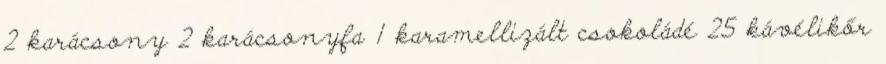
2 karácsony 2 karácsonyfa 1 karamellizált csokoládé 25 kávélikőr